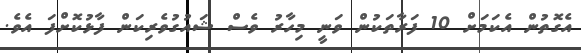
އެގޮތުން އެކަމަށް 10 ފަރާތަކުން ވަނީ މިހާރު ވެސް ޝައުގުވެރިކަން ފާޅުކޮށްފަ އެވެ.